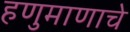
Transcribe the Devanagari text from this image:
हणुमाणाचे